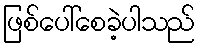
ဖြစ်ပေါ်စေခဲ့ပါသည်